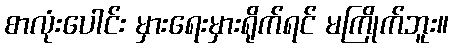
စာလုံးပေါင်း မှားရေးမှားရိုက်ရင် မကြိုက်ဘူး။